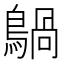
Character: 𪃀